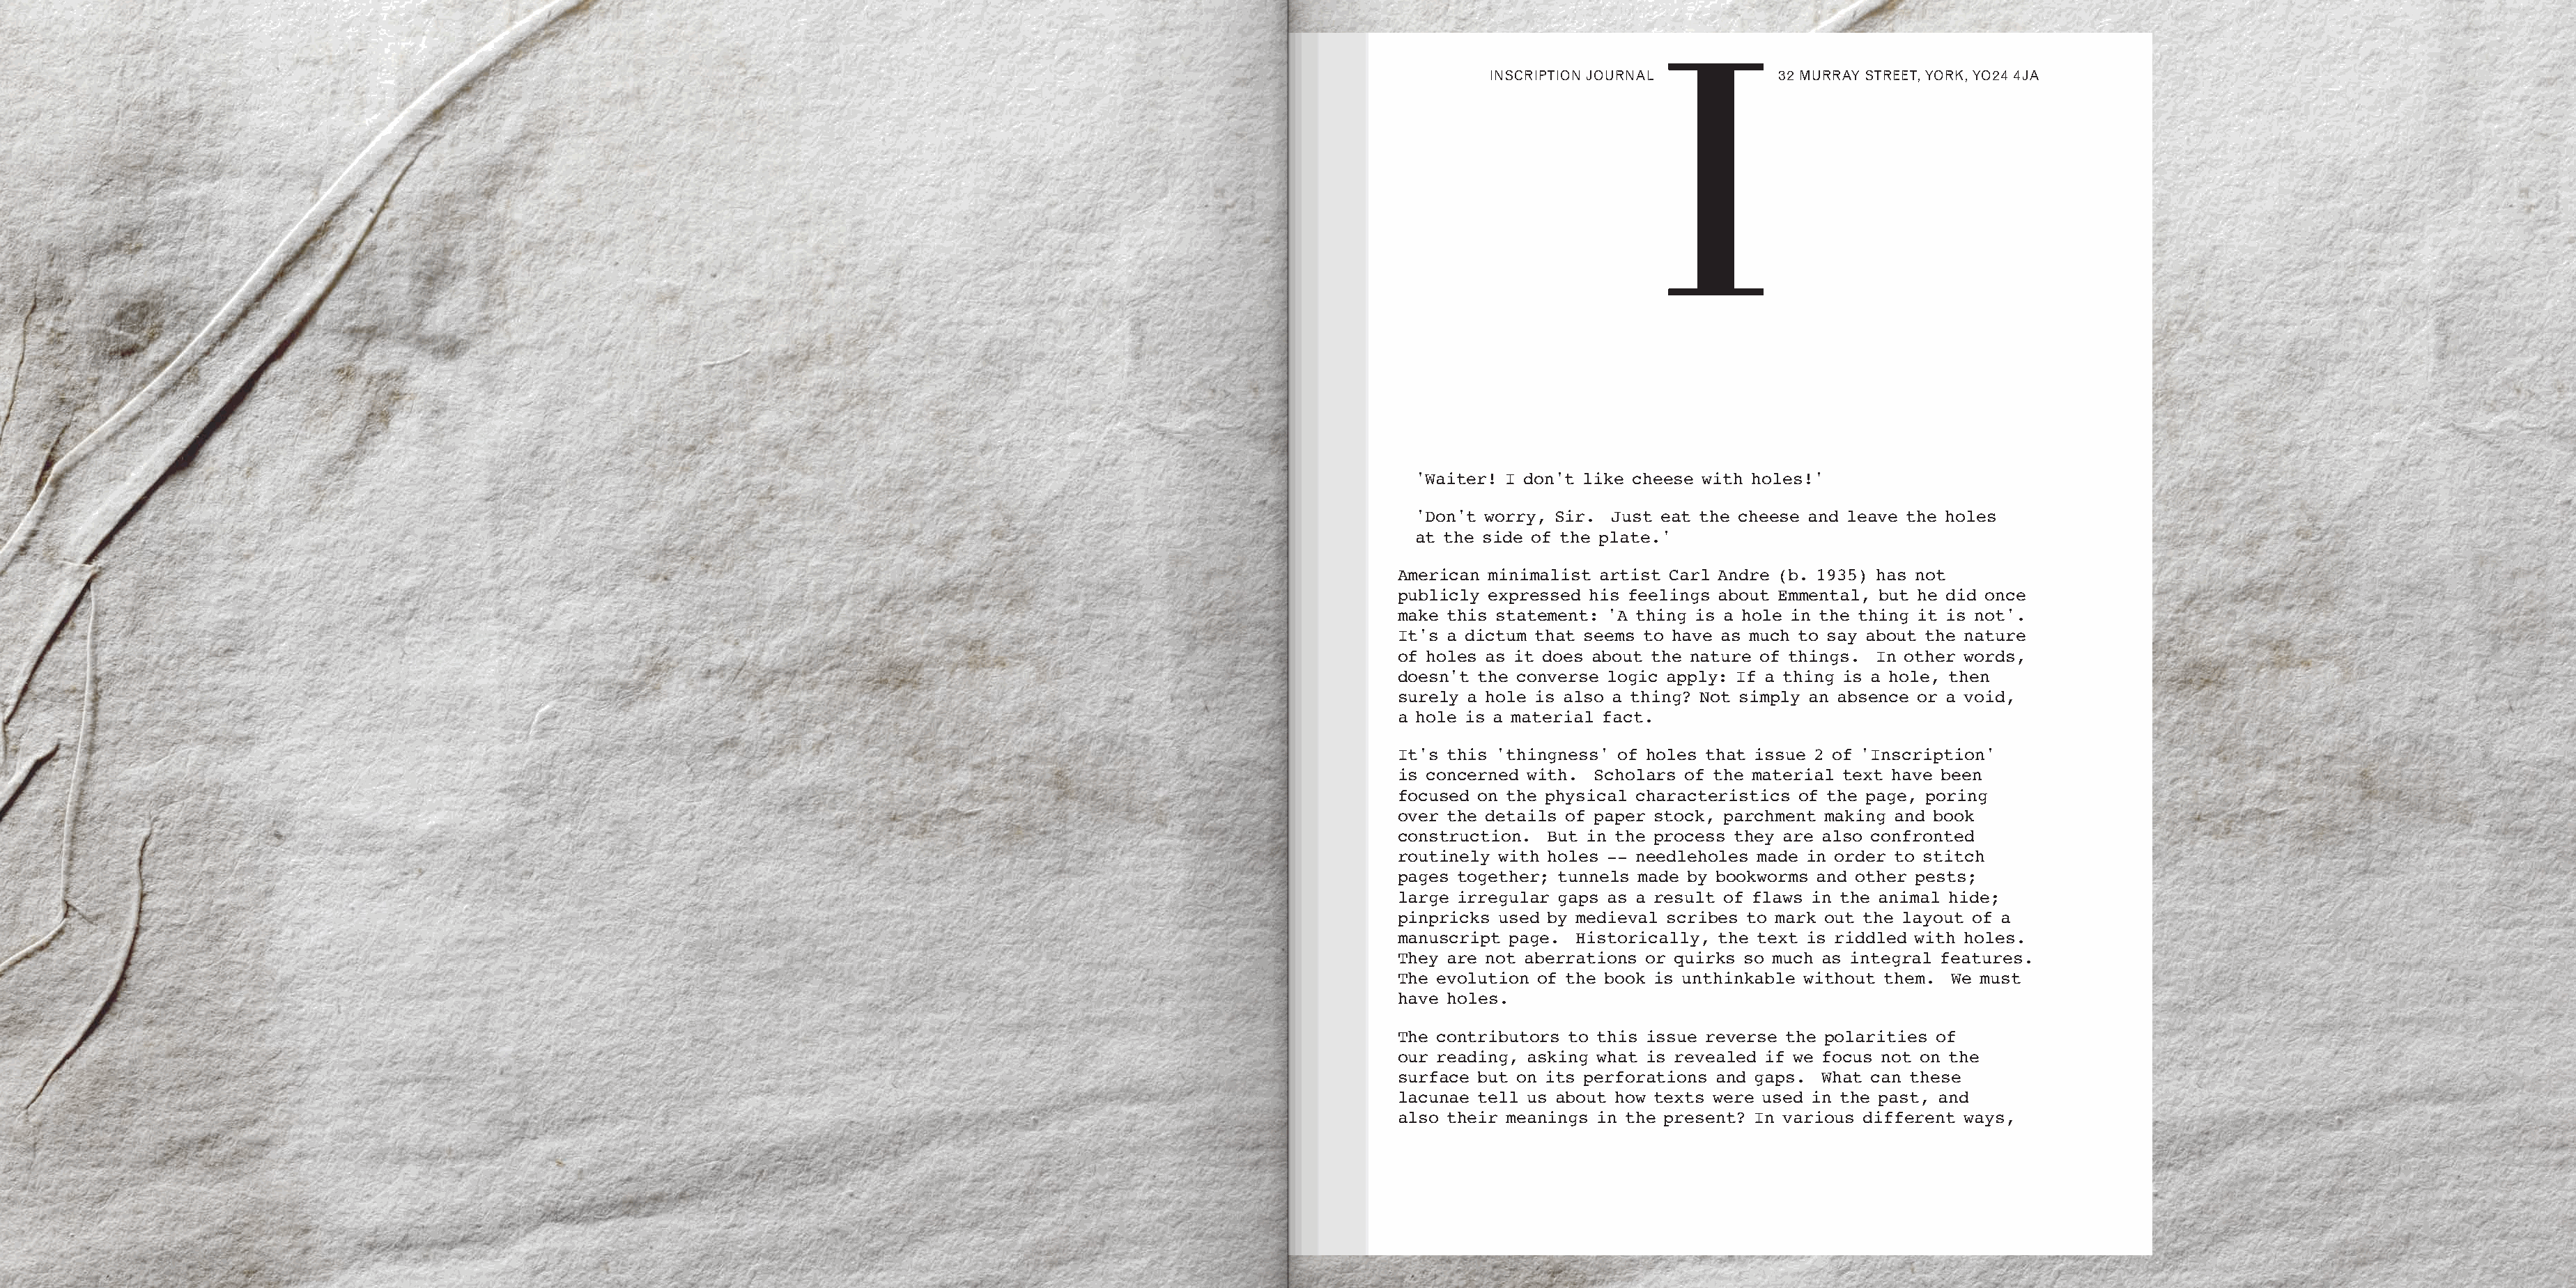
I
 INSCRIPTION JOURNAL        32 MURRAY STREET, YORK, YO24 4JA
 'Waiter! I don't like cheese with holes!'
 'Don't worry, Sir. Just eat the cheese and leave the holes
 at the side of the plate.'
 American minimalist artist Carl Andre (b. 1935) has not
 publicly expressed his feelings about Emmental, but he did once
 make this statement: 'A thing is a hole in the thing it is not'.
 It's a dictum that seems to have as much to say about the nature
 of holes as it does about the nature of things. In other words,
 doesn't the converse logic apply: If a thing is a hole, then
 surely a hole is also a thing? Not simply an absence or a void,
 a hole is a material fact.
 It's this 'thingness' of holes that issue 2 of 'Inscription'
 is concerned with. Scholars of the material text have been
 focused on the physical characteristics of the page, poring
 over the details of paper stock, parchment making and book
 construction. But in the process they are also confronted
 routinely with holes -- needleholes made in order to stitch
 pages together; tunnels made by bookworms and other pests;
 large irregular gaps as a result of flaws in the animal hide;
 pinpricks used by medieval scribes to mark out the layout of a
 manuscript page. Historically, the text is riddled with holes.
 They are not aberrations or quirks so much as integral features.
 The evolution of the book is unthinkable without them. We must
 have holes.
 The contributors to this issue reverse the polarities of
 our reading, asking what is revealed if we focus not on the
 surface but on its perforations and gaps. What can these
 lacunae tell us about how texts were used in the past, and
 also their meanings in the present? In various different ways,